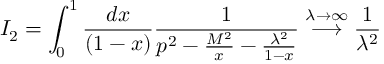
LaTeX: I _ { 2 } = \int _ { 0 } ^ { 1 } \frac { d x } { ( 1 - x ) } \frac { 1 } { p ^ { 2 } - \frac { M ^ { 2 } } { x } - \frac { \lambda ^ { 2 } } { 1 - x } } \stackrel { \lambda \rightarrow \infty } { \longrightarrow } \frac { 1 } { \lambda ^ { 2 } }